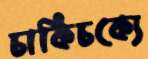
চাকিচক্যে